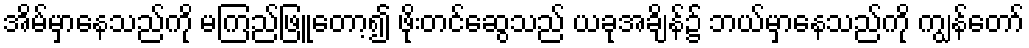
အိမ်မှာနေသည်ကို မကြည်ဖြူတော့၍ ဖိုးတင်ဆွေသည် ယခုအချိန်၌ ဘယ်မှာနေသည်ကို ကျွန်တော်